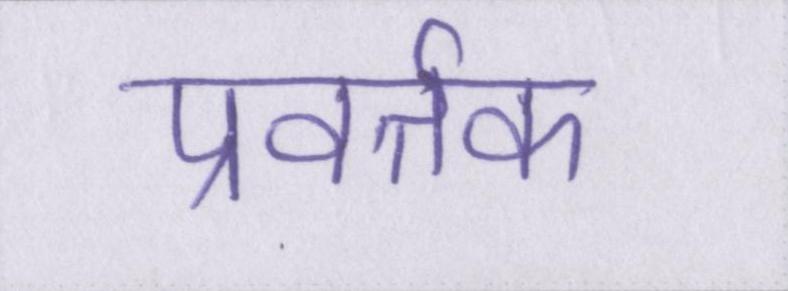
प्रवर्तक